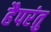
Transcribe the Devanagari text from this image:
हैपरंतु